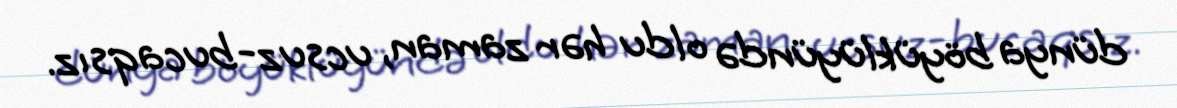
dünya böyüklüyündə oldu hər zaman, ucsuz-bucaqsız.